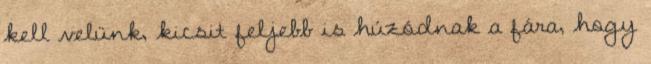
kell velünk, kicsit feljebb is húzódnak a fára, hogy